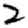
Digit: 2